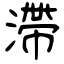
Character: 滯